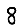
Digit: 8